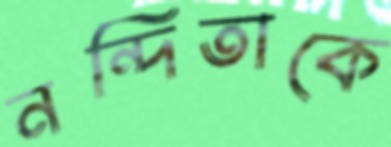
নন্দিতাকে